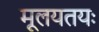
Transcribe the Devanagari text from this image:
मूलयतयः